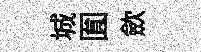
城圎歛